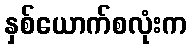
နှစ်ယောက်စလုံးက